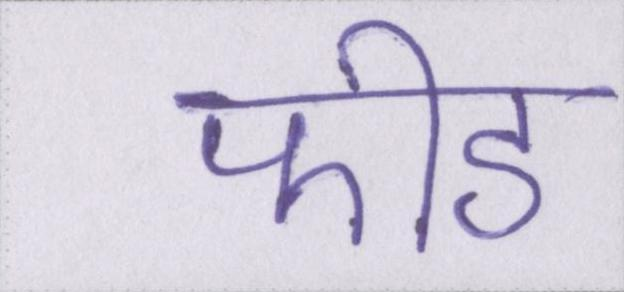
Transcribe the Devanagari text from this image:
फीड